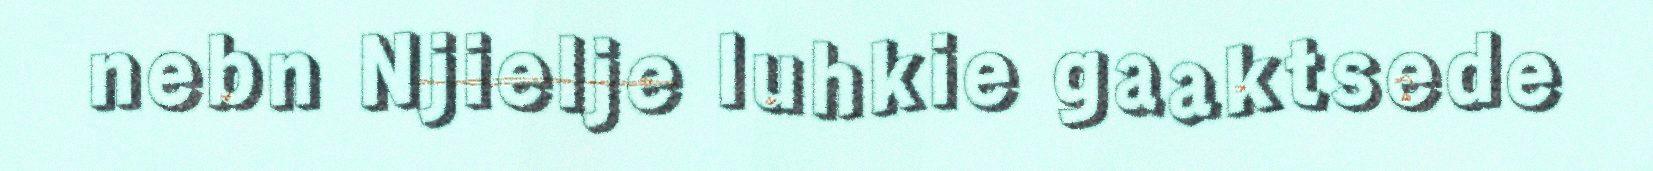
nebn Njielje luhkie gaaktsede